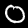
Label: 0